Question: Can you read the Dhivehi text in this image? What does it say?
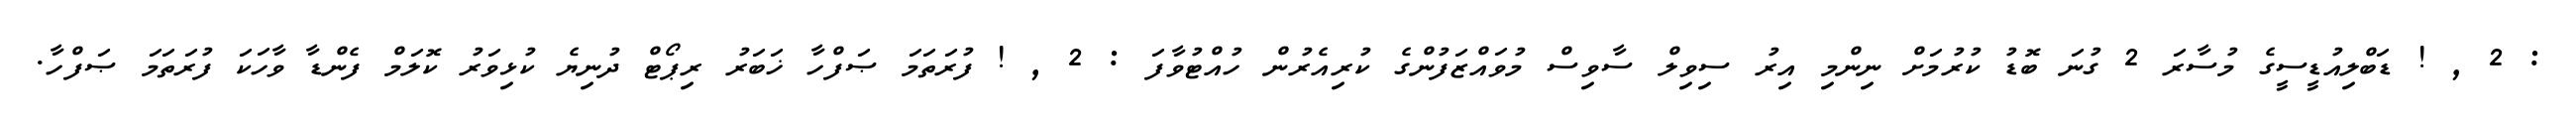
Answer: : 2 , ! ޑަބްލިއުޑީސީގެ މުސާރަ 2 ގުނަ ބޮޑު ކުރުމަށް ނިންމި އިރު ސިވިލް ސާވިސް މުވައްޒަފުންގެ ކުރިއެރުން ހުއްޓުވާފަ : 2 , ! ފުރަތަމަ ޞަފްހާ ޚަބަރު ރިޕޯޓް ދުނިޔެ ކުޅިވަރު ކޮލަމް ފެންޑާ ވާހަކަ ފުރަތަމަ ޞަފްހާ.